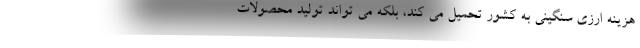
هزینه ارزی سنگینی به کشور تحمیل می کند، بلکه می تواند تولید محصولات